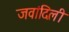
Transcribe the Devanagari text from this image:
जवांदिली